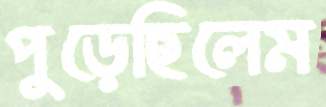
পুড়েছিলেম